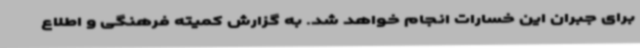
برای جبران این خسارات انجام خواهد شد. به گزارش کمیته فرهنگی و اطلاع